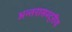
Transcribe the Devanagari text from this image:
अन्तरासश्ट्ऱीय